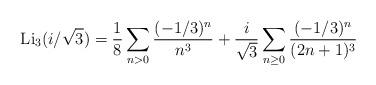
LaTeX: \begin{align*}{\rm Li}_3(i/\sqrt3)=\frac{1}{8}\sum_{n>0}\frac{(-1/3)^n}{n^3}+\frac{i}{\sqrt3}\sum_{n\ge0}\frac{(-1/3)^n}{(2n+1)^3}\end{align*}